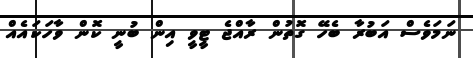
ނަމަވެސް އަބުރާ ބެހޭ ގޮތުން ރާއްޖެ ޓީވީ އިން ބުނީ ކޮން ވާހަކައެއް